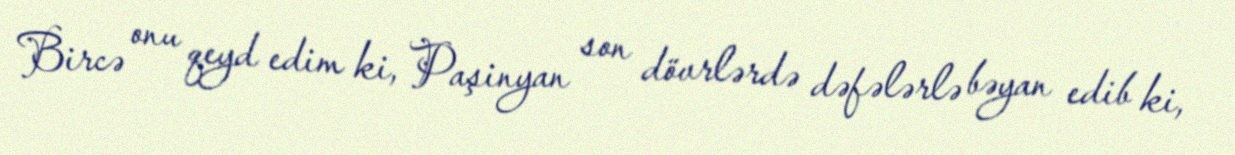
Bircə onu qeyd edim ki, Paşinyan son dövrlərdə dəfələrlə bəyan edib ki,